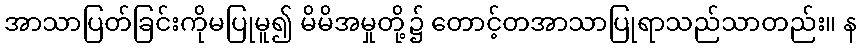
အာသာပြတ်ခြင်းကိုမပြုမူ၍ မိမိအမှုတို့၌ တောင့်တအာသာပြုရာသည်သာတည်း။ န